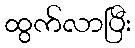
ထွက်လာပြီး